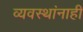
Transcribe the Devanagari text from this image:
व्यवस्थांनाही